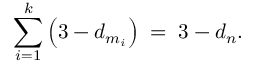
\sum _ { i = 1 } ^ { k } \left( 3 - d _ { m _ { i } } \right) \; = \; 3 - d _ { n } .